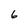
Character: 6